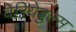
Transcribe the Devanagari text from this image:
वेरियेबुल्स